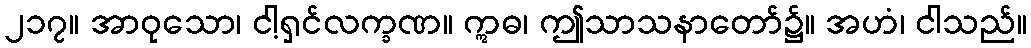
၂၁၇။ အာဝုသော၊ ငါ့ရှင်လက္ခဏ။ ဣဓ၊ ဤသာသနာတော်၌။ အဟံ၊ ငါသည်။